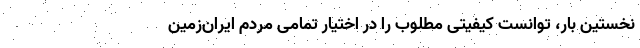
نخستین بار، توانست کیفیتی مطلوب را در اختیار تمامی مردم ایران‌زمین